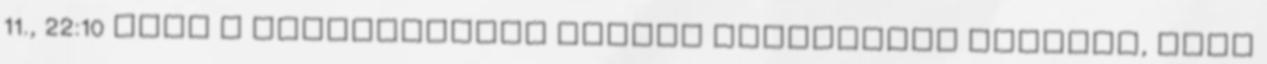
11., 22:10 CEST A blokkoláskor mindig figyelembe vesszük, hogy